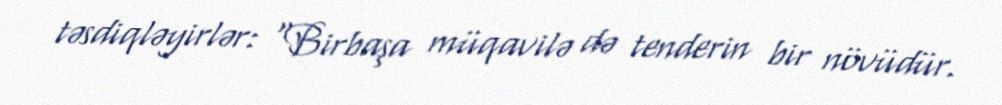
təsdiqləyirlər: “Birbaşa müqavilə də tenderin bir növüdür.